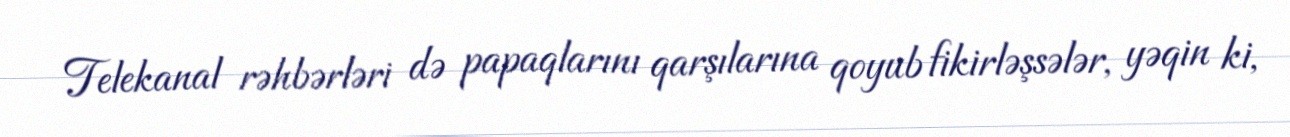
Telekanal rəhbərləri də papaqlarını qarşılarına qoyub fikirləşsələr, yəqin ki,